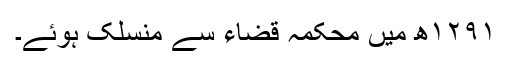
۱۲۹۱ھ میں محکمہ قضاء سے منسلک ہوئے۔